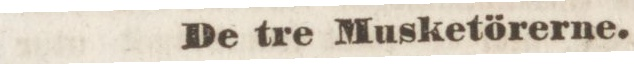
De tre Musketörerne.